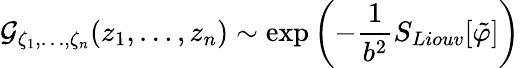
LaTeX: {\cal G}_{\zeta_{1},\ldots,\zeta_{n}}(z_{1},\ldots,z_{n})\sim\exp{\left(-{\frac{1}{b^{2}}}S_{Liouv}[\tilde{\varphi}]\right)}